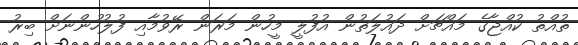
ތުއްތު ކުއްޖާގެ މައްޗަށް ދައުލަތުން އުފުލީ މީހުން މަރަން ރޭވުމާއި ފުލުހުންނަށް ބިރު